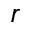
r